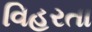
વિહરતા